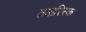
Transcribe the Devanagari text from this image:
तमारिस्क